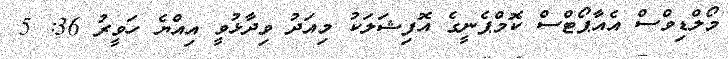
މޯލްޑިވްސް އެއާޕޯޓްސް ކޮމްޕެނީގެ އޮފިޝަލަކު މިއަދު ވިދާޅުވީ އިއްޔެ ހަވީރު 36: 5